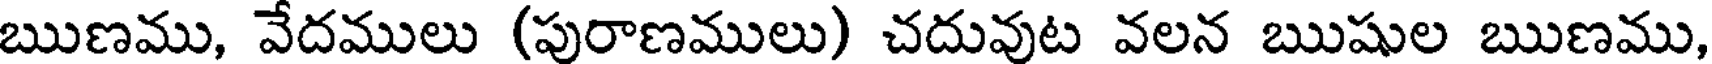
ఋణము, వేదములు (పురాణములు) చదువుట వలన ఋషుల ఋణము,